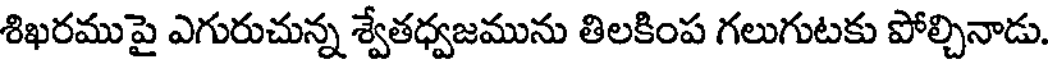
శిఖరముపై ఎగురుచున్న శ్వేతధ్వజమును తిలకింప గలుగుటకు పోల్చినాడు